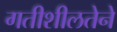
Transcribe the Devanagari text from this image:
गतीशीलतेने